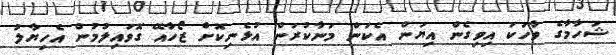
ޝަހާމާގެ ވާހަކަ އިވިގެން އިޔަން އެކަން މަނާކުރަން އުޅެނިކޮށް ޒޯހާއޭ ގޮވައިލުމުން އެހިޔާލު